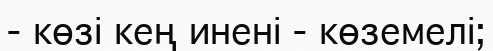
- көзі кең инені - көземелі;